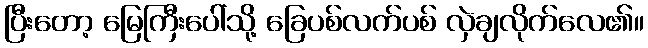
ပြီးတော့ မြေကြီးပေါ်သို့ ခြေပစ်လက်ပစ် လှဲချလိုက်လေ၏။